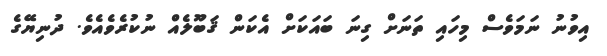
އިވުނު ނަމަވެސް މިހައި ތަނަށް ގިނަ ބައަކަށް އެކަން ޤަބޫލެއް ނުކުރެވެއެވެ. ދުނިޔޭގެ